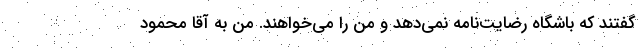
گفتند که باشگاه رضایت‌نامه نمی‌دهد و من را می‌خواهند. من به آقا محمود